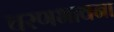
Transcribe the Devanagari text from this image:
चरणभावना